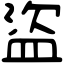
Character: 盜